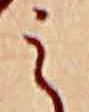
え